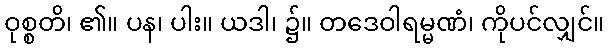
ဝုစ္စတိ၊ ၏။ ပန၊ ပါး။ ယဒါ၊ ၌။ တဒေဝါရမ္မဏံ၊ ကိုပင်လျှင်။